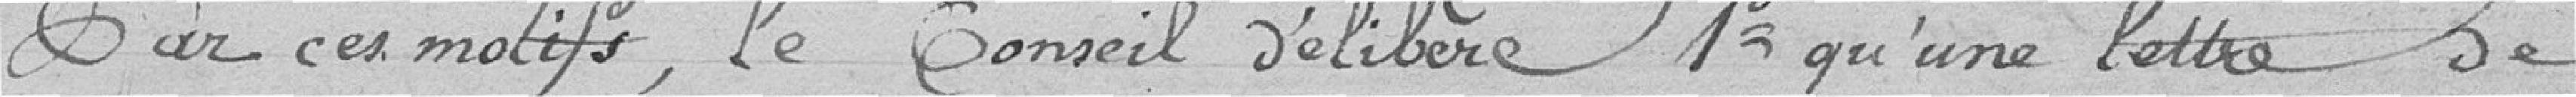
Sur ces motifs, le conseil délibère 1 qu'une lettre de